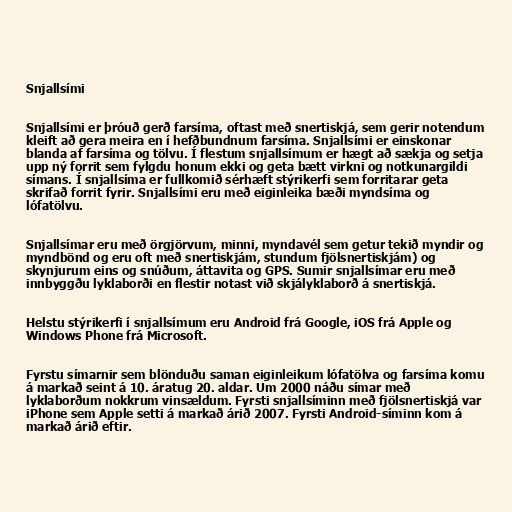
Snjallsími

Snjallsími er þróuð gerð farsíma, oftast með snertiskjá, sem gerir notendum
kleift að gera meira en í hefðbundnum farsíma. Snjallsími er einskonar
blanda af farsíma og tölvu. Í flestum snjallsímum er hægt að sækja og setja
upp ný forrit sem fylgdu honum ekki og geta bætt virkni og notkunargildi
símans. Í snjallsíma er fullkomið sérhæft stýrikerfi sem forritarar geta
skrifað forrit fyrir. Snjallsími eru með eiginleika bæði myndsíma og
lófatölvu.

Snjallsímar eru með örgjörvum, minni, myndavél sem getur tekið myndir og
myndbönd og eru oft með snertiskjám, stundum fjölsnertiskjám) og
skynjurum eins og snúðum, áttavita og GPS. Sumir snjallsímar eru með
innbyggðu lyklaborði en flestir notast við skjályklaborð á snertiskjá.

Helstu stýrikerfi í snjallsímum eru Android frá Google, iOS frá Apple og
Windows Phone frá Microsoft.

Fyrstu símarnir sem blönduðu saman eiginleikum lófatölva og farsíma komu
á markað seint á 10. áratug 20. aldar. Um 2000 náðu símar með
lyklaborðum nokkrum vinsældum. Fyrsti snjallsíminn með fjölsnertiskjá var
iPhone sem Apple setti á markað árið 2007. Fyrsti Android-síminn kom á
markað árið eftir.